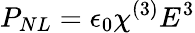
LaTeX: P_{NL}=\epsilon_{0}\chi^{(3)}E^{3}